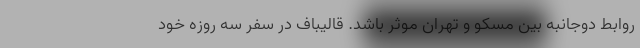
روابط دوجانبه بین مسکو و تهران موثر باشد. قالیباف در سفر سه روزه خود